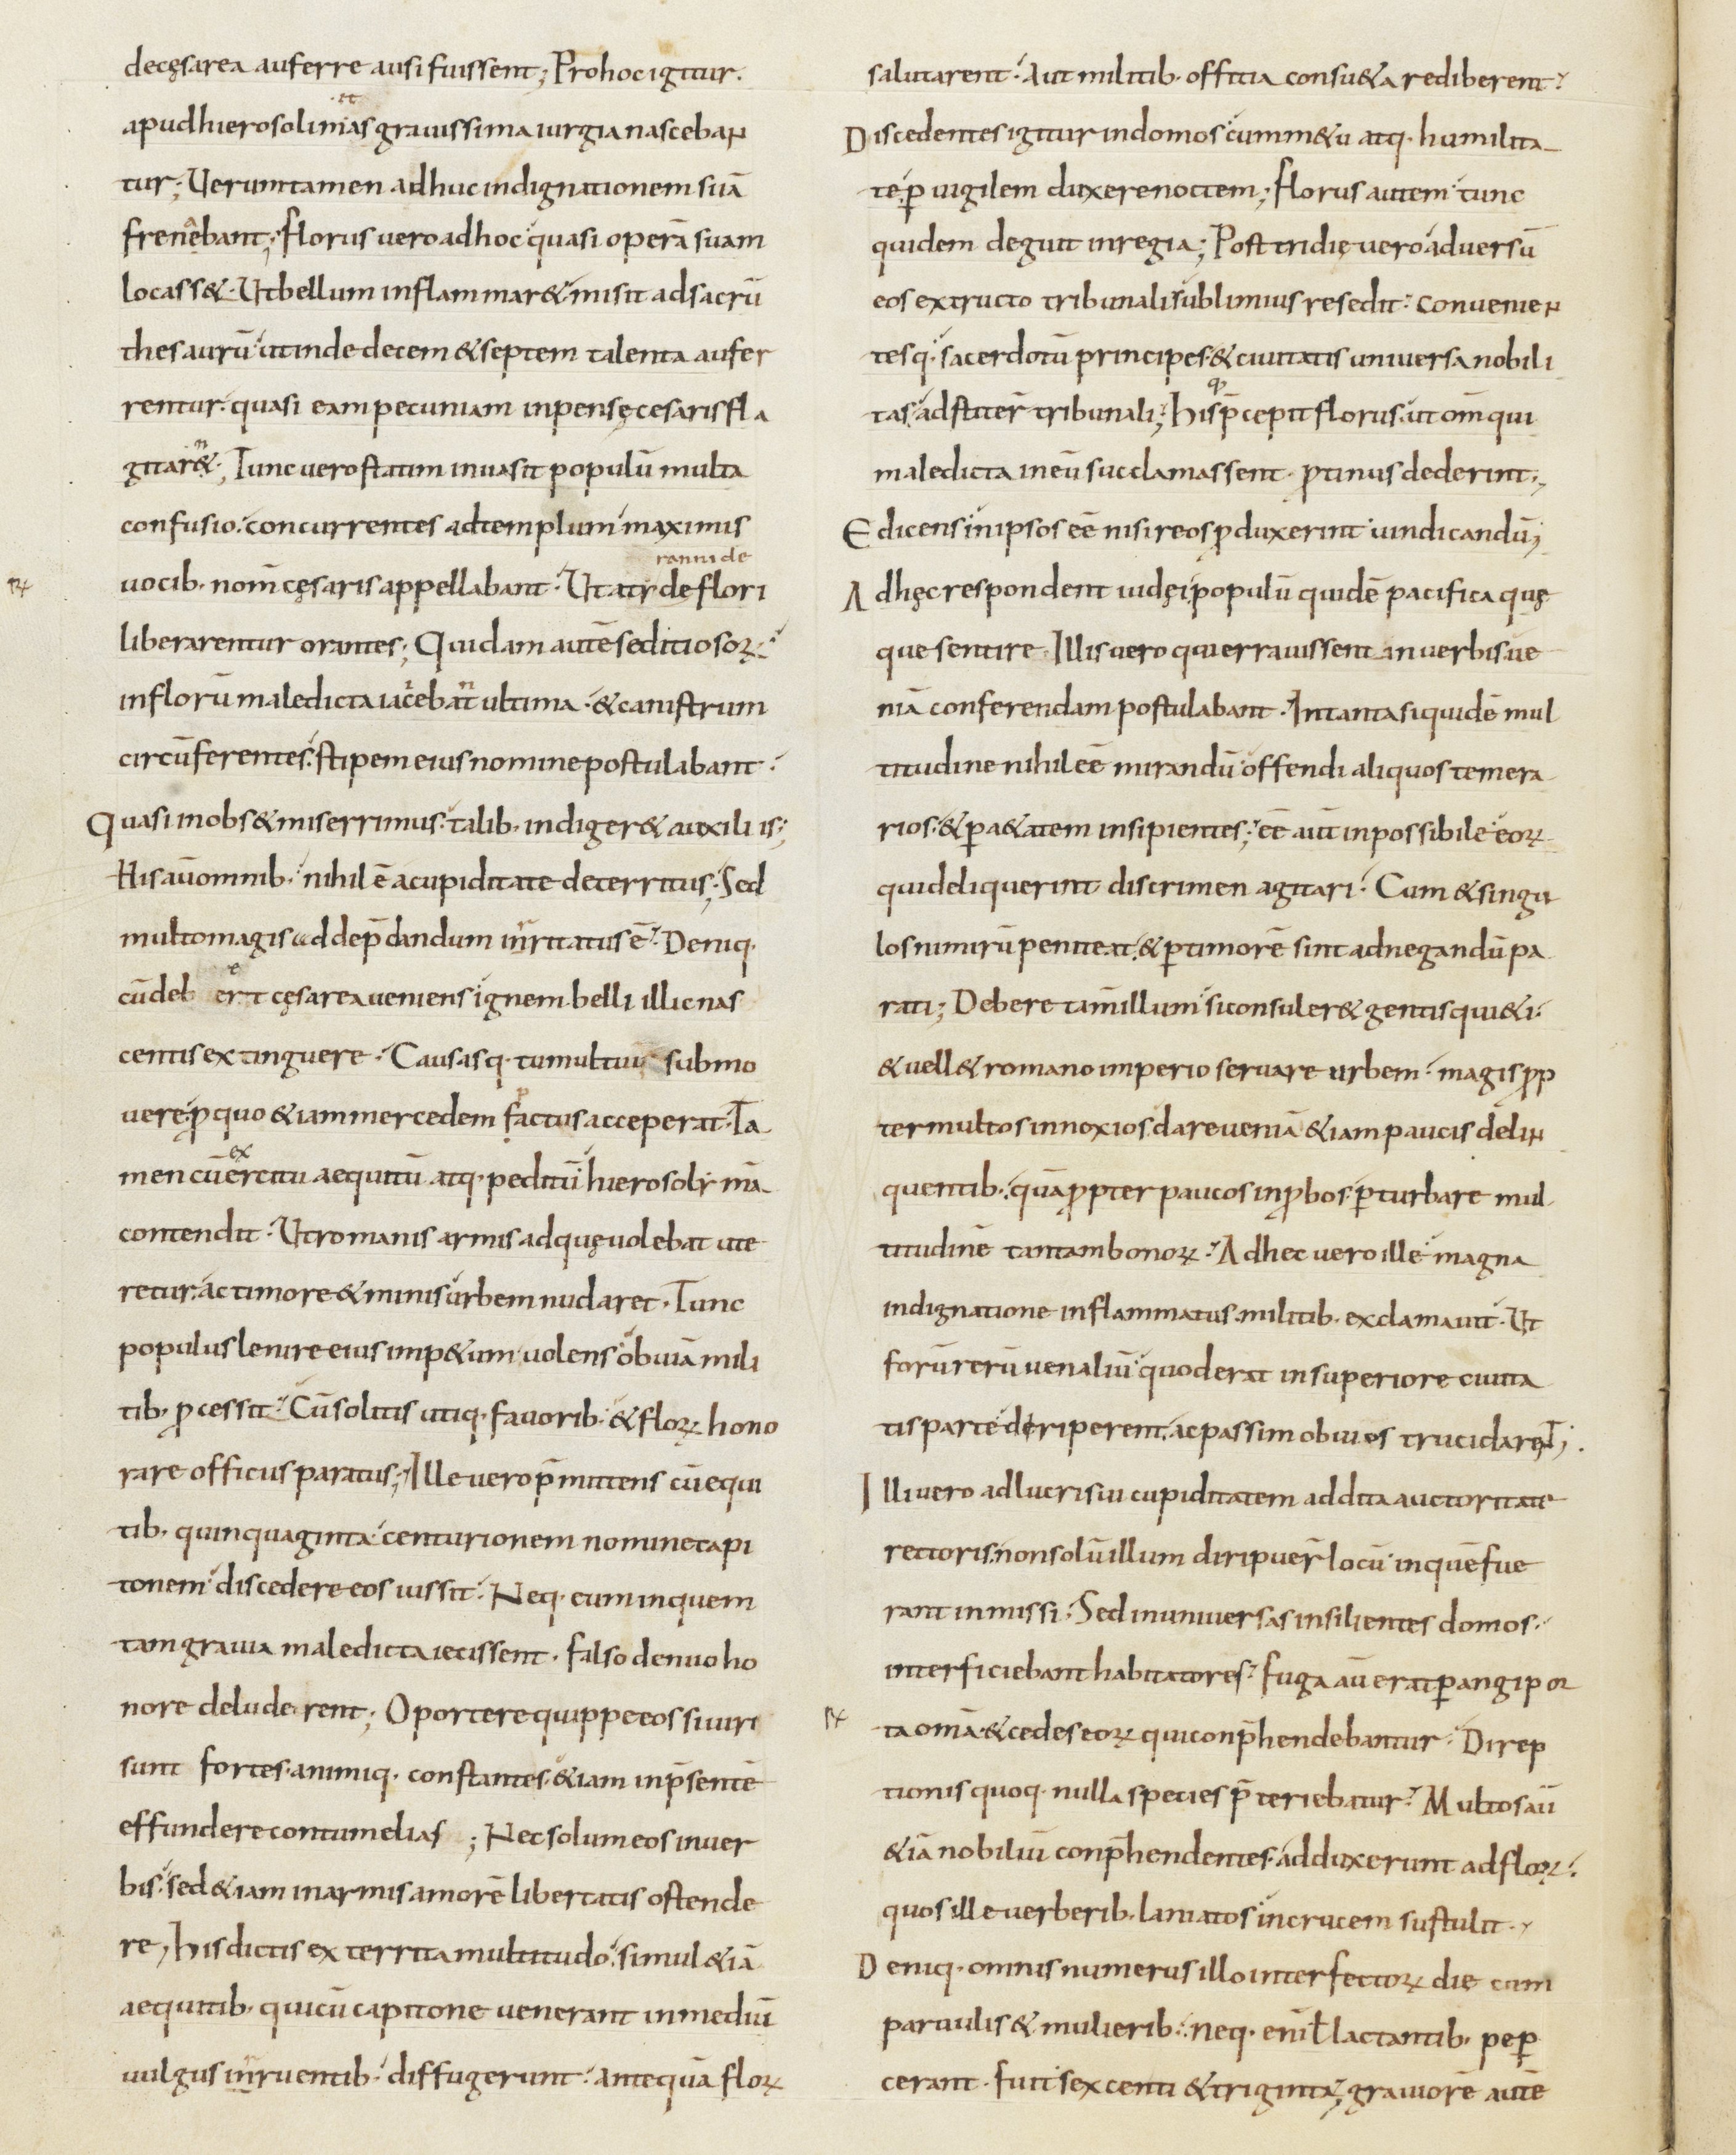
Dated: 800–899